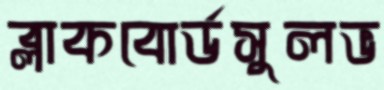
ব্লাকবোর্ডসুলভ